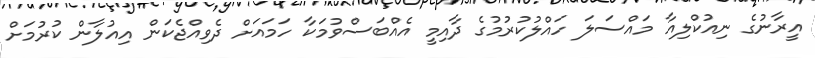
އީރާނުގެ ނިއުކްލިއާ މައްސަލަ ހައްލުކުރުމުގެ ދާއިމީ އެއްބަސްވުމަކާ ހަމައަށް ދެވިއްޖެކަން އިއުލާން ކުރުމަށް